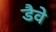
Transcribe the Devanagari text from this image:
डैवे